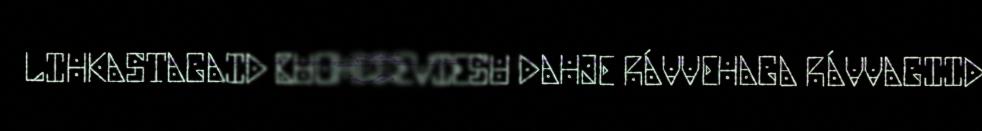
LIHKASTAGAID BUOHCCEVIESU DAHJE RÁVVEHAGA RÁVVAGIID